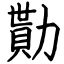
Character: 勩